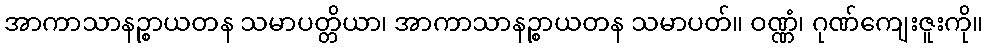
အာကာသာနဉ္စာယတန သမာပတ္တိယာ၊ အာကာသာနဉ္စာယတန သမာပတ်။ ဝဏ္ဏံ၊ ဂုဏ်ကျေးဇူးကို။